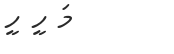
މަ ހީ ހީ